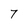
Character: 7